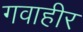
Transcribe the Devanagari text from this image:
गवाहीर